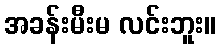
အခန်းမီးမ လင်းဘူး။